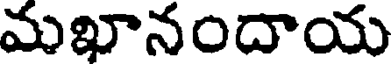
మఖానందాయ